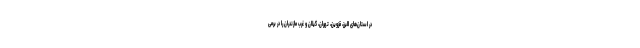
در استان‌های البرز، قزوین، تهران، گیلان و غرب مازندران را در برمی